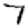
Digit: 7